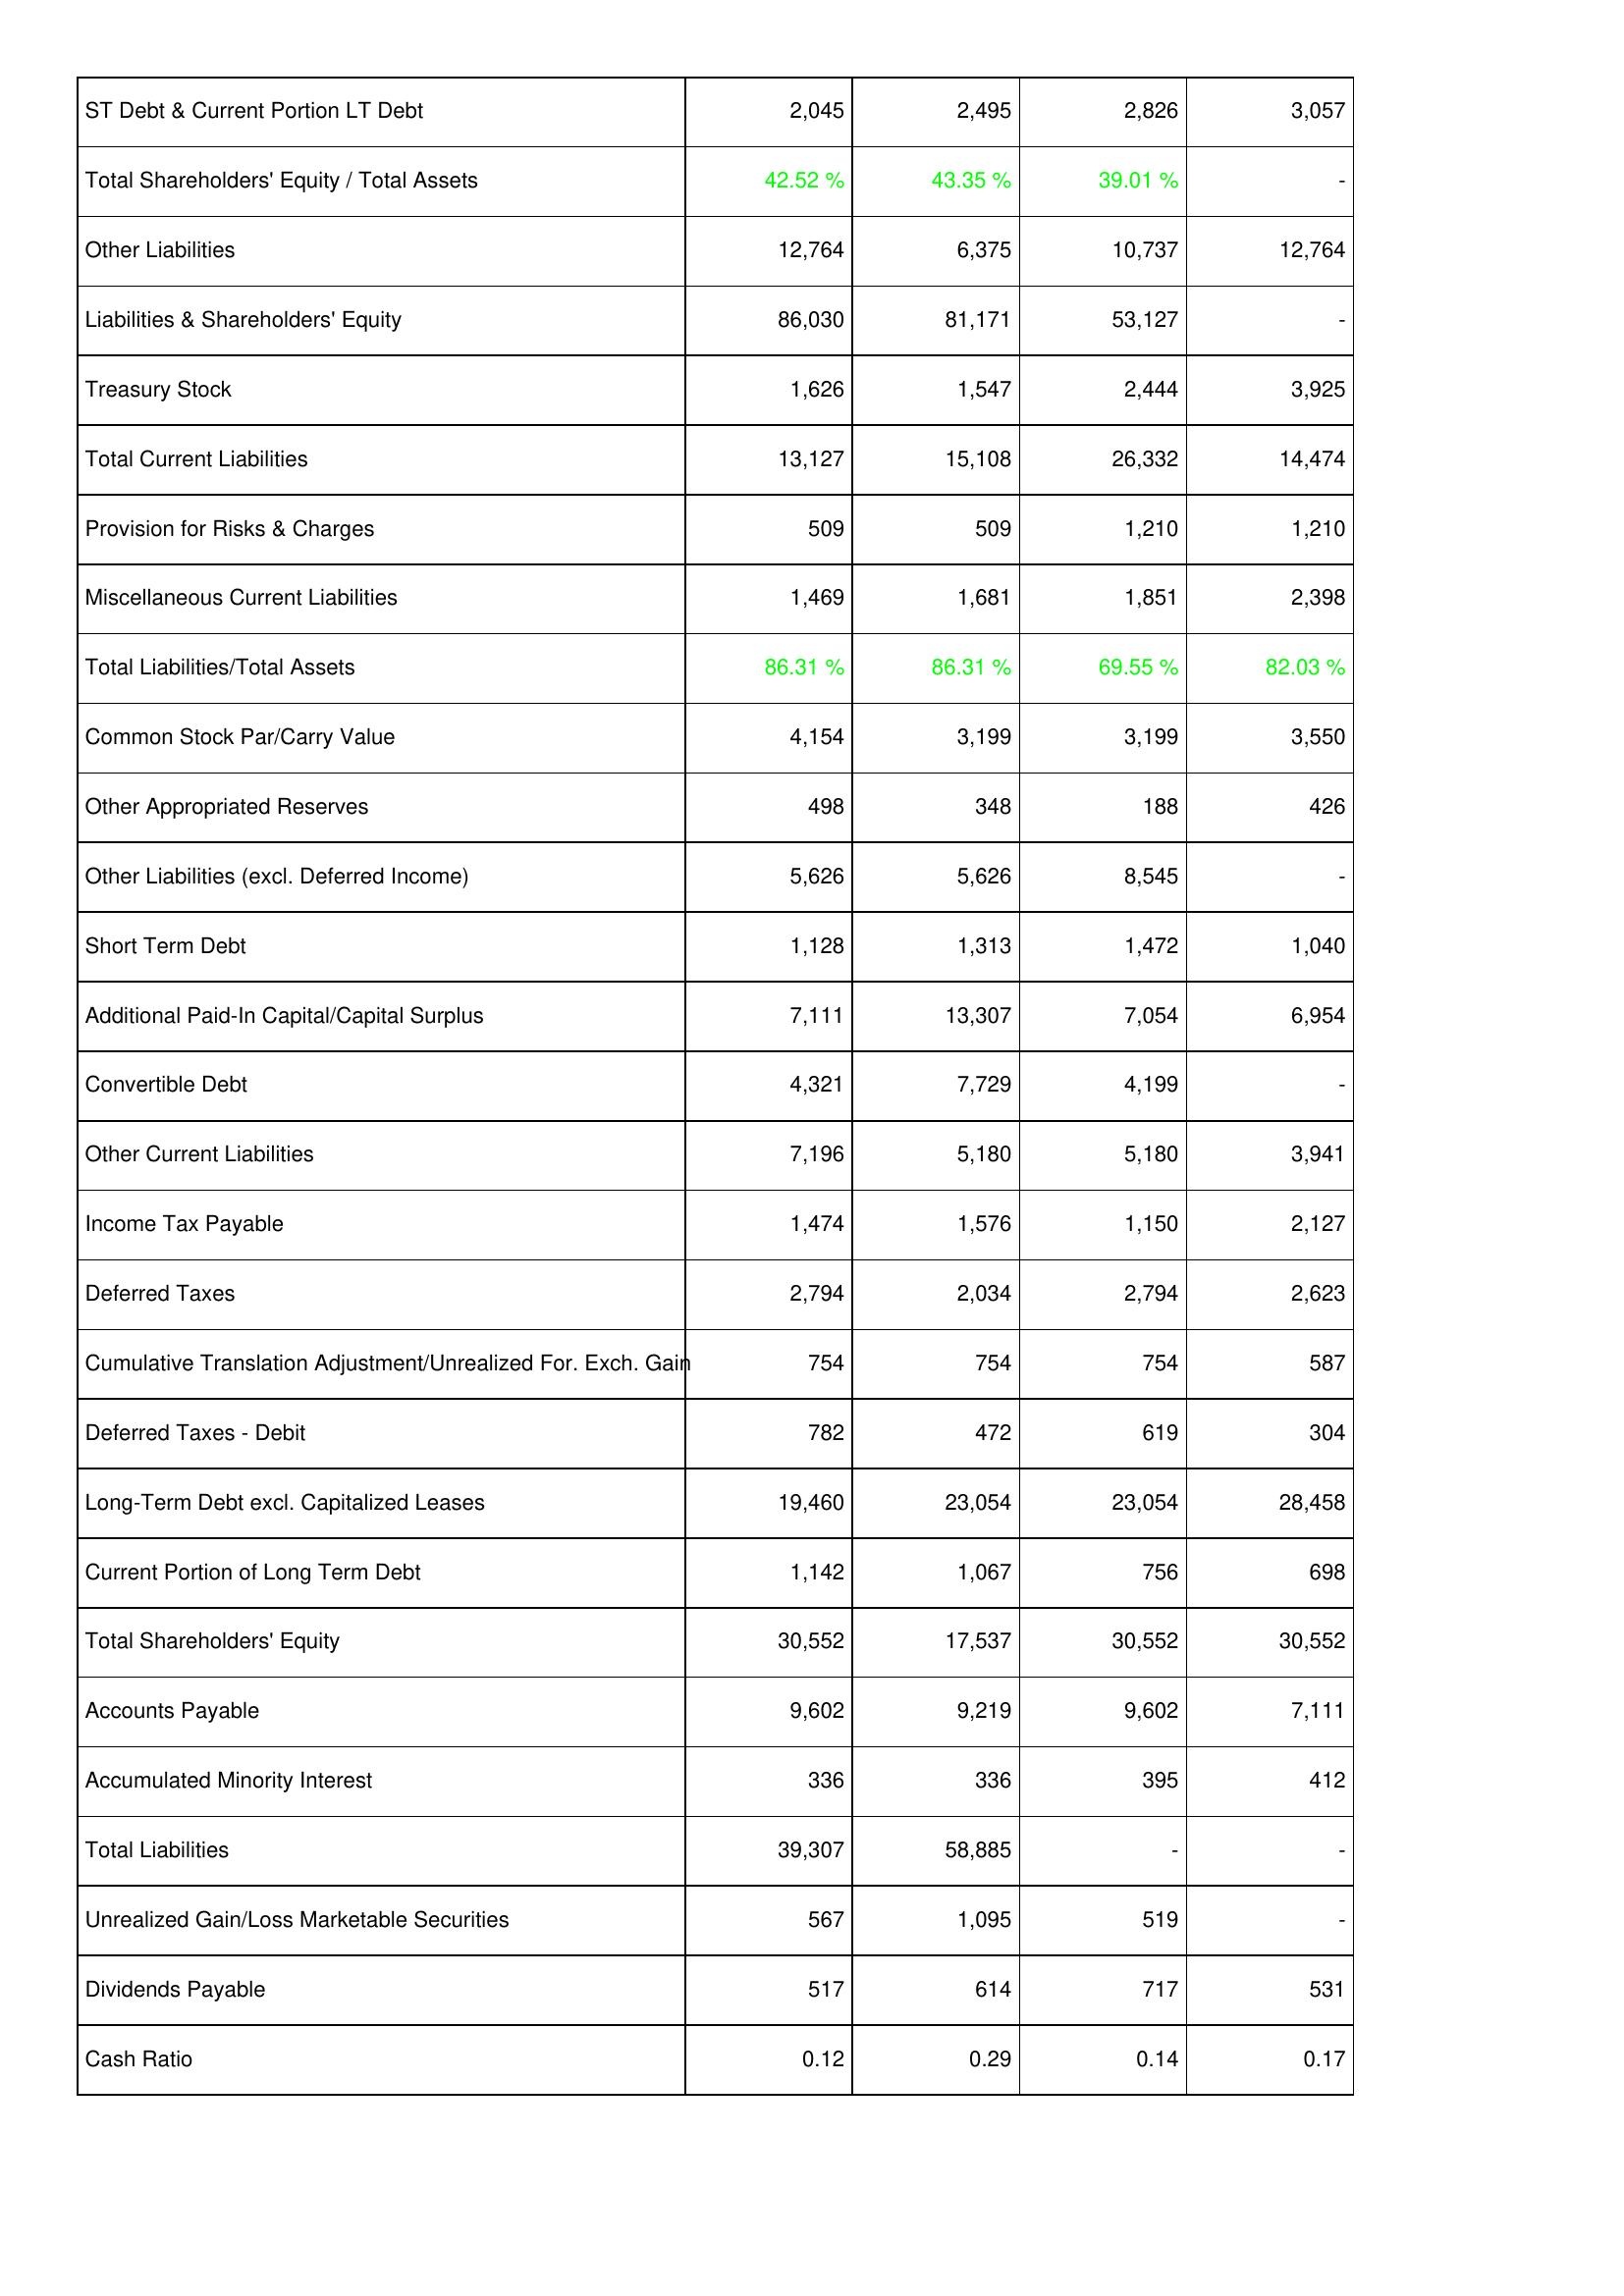
2008: Liabilities & Shareholders' Equity: ST Debt & Current Portion LT Debt: 2,045
Total Shareholders' Equity / Total Assets: 42.52 %
Other Liabilities: 12,764
Liabilities & Shareholders' Equity: 86,030
Treasury Stock: 1,626
Total Current Liabilities: 13,127
Provision for Risks & Charges: 509
Miscellaneous Current Liabilities: 1,469
Total Liabilities/Total Assets: 86.31 %
Common Stock Par/Carry Value: 4,154
Other Appropriated Reserves: 498
Other Liabilities (excl. Deferred Income): 5,626
Short Term Debt: 1,128
Additional Paid-In Capital/Capital Surplus: 7,111
Convertible Debt: 4,321
Other Current Liabilities: 7,196
Income Tax Payable: 1,474
Deferred Taxes: 2,794
Cumulative Translation Adjustment/Unrealized For. Exch. Gain: 754
Deferred Taxes - Debit: 782
Long-Term Debt excl. Capitalized Leases: 19,460
Current Portion of Long Term Debt: 1,142
Total Shareholders' Equity: 30,552
Accounts Payable: 9,602
Accumulated Minority Interest: 336
Total Liabilities: 39,307
Unrealized Gain/Loss Marketable Securities: 567
Dividends Payable: 517
Cash Ratio: 0.12
2007: Liabilities & Shareholders' Equity: ST Debt & Current Portion LT Debt: 2,495
Total Shareholders' Equity / Total Assets: 43.35 %
Other Liabilities: 6,375
Liabilities & Shareholders' Equity: 81,171
Treasury Stock: 1,547
Total Current Liabilities: 15,108
Provision for Risks & Charges: 509
Miscellaneous Current Liabilities: 1,681
Total Liabilities/Total Assets: 86.31 %
Common Stock Par/Carry Value: 3,199
Other Appropriated Reserves: 348
Other Liabilities (excl. Deferred Income): 5,626
Short Term Debt: 1,313
Additional Paid-In Capital/Capital Surplus: 13,307
Convertible Debt: 7,729
Other Current Liabilities: 5,180
Income Tax Payable: 1,576
Deferred Taxes: 2,034
Cumulative Translation Adjustment/Unrealized For. Exch. Gain: 754
Deferred Taxes - Debit: 472
Long-Term Debt excl. Capitalized Leases: 23,054
Current Portion of Long Term Debt: 1,067
Total Shareholders' Equity: 17,537
Accounts Payable: 9,219
Accumulated Minority Interest: 336
Total Liabilities: 58,885
Unrealized Gain/Loss Marketable Securities: 1,095
Dividends Payable: 614
Cash Ratio: 0.29
2006: Liabilities & Shareholders' Equity: ST Debt & Current Portion LT Debt: 2,826
Total Shareholders' Equity / Total Assets: 39.01 %
Other Liabilities: 10,737
Liabilities & Shareholders' Equity: 53,127
Treasury Stock: 2,444
Total Current Liabilities: 26,332
Provision for Risks & Charges: 1,210
Miscellaneous Current Liabilities: 1,851
Total Liabilities/Total Assets: 69.55 %
Common Stock Par/Carry Value: 3,199
Other Appropriated Reserves: 188
Other Liabilities (excl. Deferred Income): 8,545
Short Term Debt: 1,472
Additional Paid-In Capital/Capital Surplus: 7,054
Convertible Debt: 4,199
Other Current Liabilities: 5,180
Income Tax Payable: 1,150
Deferred Taxes: 2,794
Cumulative Translation Adjustment/Unrealized For. Exch. Gain: 754
Deferred Taxes - Debit: 619
Long-Term Debt excl. Capitalized Leases: 23,054
Current Portion of Long Term Debt: 756
Total Shareholders' Equity: 30,552
Accounts Payable: 9,602
Accumulated Minority Interest: 395
Total Liabilities: -
Unrealized Gain/Loss Marketable Securities: 519
Dividends Payable: 717
Cash Ratio: 0.14
2005: Liabilities & Shareholders' Equity: ST Debt & Current Portion LT Debt: 3,057
Total Shareholders' Equity / Total Assets: -
Other Liabilities: 12,764
Liabilities & Shareholders' Equity: -
Treasury Stock: 3,925
Total Current Liabilities: 14,474
Provision for Risks & Charges: 1,210
Miscellaneous Current Liabilities: 2,398
Total Liabilities/Total Assets: 82.03 %
Common Stock Par/Carry Value: 3,550
Other Appropriated Reserves: 426
Other Liabilities (excl. Deferred Income): -
Short Term Debt: 1,040
Additional Paid-In Capital/Capital Surplus: 6,954
Convertible Debt: -
Other Current Liabilities: 3,941
Income Tax Payable: 2,127
Deferred Taxes: 2,623
Cumulative Translation Adjustment/Unrealized For. Exch. Gain: 587
Deferred Taxes - Debit: 304
Long-Term Debt excl. Capitalized Leases: 28,458
Current Portion of Long Term Debt: 698
Total Shareholders' Equity: 30,552
Accounts Payable: 7,111
Accumulated Minority Interest: 412
Total Liabilities: -
Unrealized Gain/Loss Marketable Securities: -
Dividends Payable: 531
Cash Ratio: 0.17